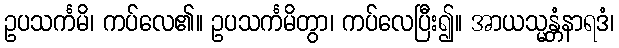
ဥပသင်္ကမိ၊ ကပ်လေ၏။ ဥပသင်္ကမိတွာ၊ ကပ်လေပြီး၍။ အာယသ္မန္တံနာရဒံ၊